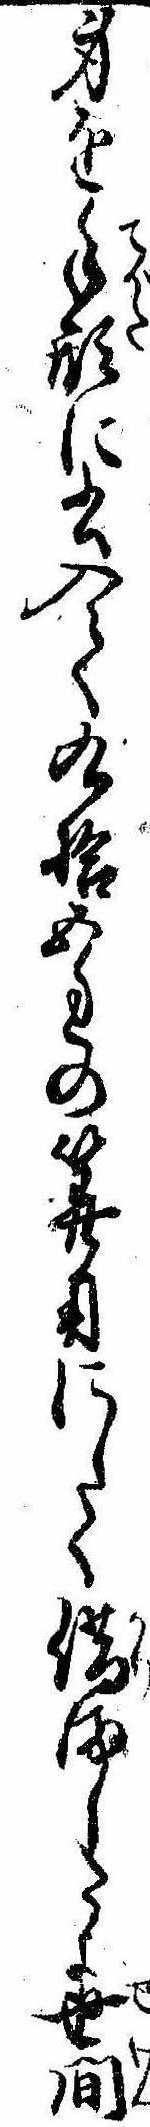
身を手形に書入て九拾五匁の算用にして借ましたよ世間